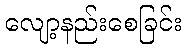
လျော့နည်းစေခြင်း